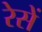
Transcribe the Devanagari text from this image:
रेसें